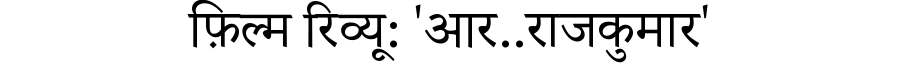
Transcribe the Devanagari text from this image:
फ़िल्म रिव्यू: 'आर..राजकुमार'